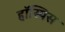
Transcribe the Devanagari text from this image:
हॉस्पिस